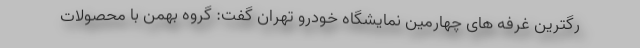
رگترین غرفه های چهارمین نمایشگاه خودرو تهران گفت: گروه بهمن با محصولات